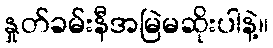
နှုတ်ခမ်းနီအမြဲမဆိုးပါနဲ့။